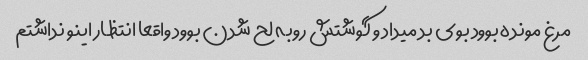
مرغ مونده بوود بوی بد میداد و گوشتش رو‌به لح شدن بوود واقعا انتظار اینو نداشتم